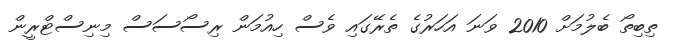
ތިބިތޯ ބެލުމަށް 2010 ވަނަ އަހަރުގެ ތެރޭގައި ވެސް ހިއުމަން ރިސޯސަސް މިނިސްޓްރީން